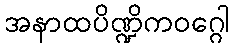
အနာထပိဏ္ဍိကဝဂ္ဂေါ